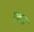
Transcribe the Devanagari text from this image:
एवढ